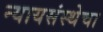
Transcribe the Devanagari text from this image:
न्यायसंस्थेचा